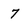
Character: 7